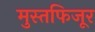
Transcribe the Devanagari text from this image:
मुस्तफिजूर